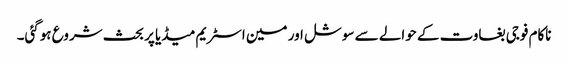
ناکام فوجی بغاوت کے حوالے سے سوشل اور مین اسٹریم میڈیا پر بحث شروع ہوگئی۔